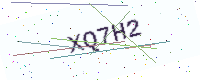
Text: XQ7H2